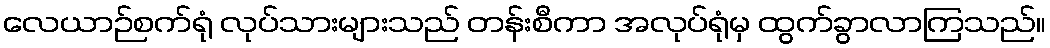
လေယာဉ်စက်ရုံ လုပ်သားများသည် တန်းစီကာ အလုပ်ရုံမှ ထွက်ခွာလာကြသည်။